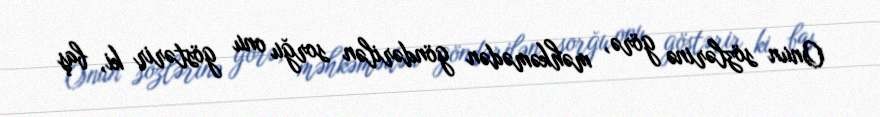
Onun sözlərinə görə, məhkəmədən göndərilən sorğu onu göstərir ki, baş